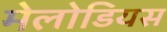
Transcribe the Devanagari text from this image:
मेलोडियस